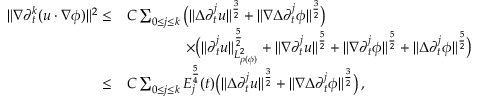
\begin{array} { r l } { \| \nabla \partial _ { t } ^ { k } ( u \cdot \nabla \phi ) \| ^ { 2 } \leq } & { C \sum _ { 0 \leq j \leq k } \big ( \| \Delta \partial _ { t } ^ { j } u \| ^ { \frac { 3 } { 2 } } + \| \nabla \Delta \partial _ { t } ^ { j } \phi \| ^ { \frac { 3 } { 2 } } \big ) } \\ & { \qquad \qquad \times \big ( \| \partial _ { t } ^ { j } u \| _ { L _ { \rho ( \phi ) } ^ { 2 } } ^ { \frac { 5 } { 2 } } + \| \nabla \partial _ { t } ^ { j } u \| ^ { \frac { 5 } { 2 } } + \| \nabla \partial _ { t } ^ { j } \phi \| ^ { \frac { 5 } { 2 } } + \| \Delta \partial _ { t } ^ { j } \phi \| ^ { \frac { 5 } { 2 } } \big ) } \\ { \leq } & { C \sum _ { 0 \leq j \leq k } E _ { j } ^ { \frac { 5 } { 4 } } ( t ) \big ( \| \Delta \partial _ { t } ^ { j } u \| ^ { \frac { 3 } { 2 } } + \| \nabla \Delta \partial _ { t } ^ { j } \phi \| ^ { \frac { 3 } { 2 } } \big ) \, , } \end{array}